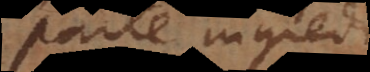
parte ingredi